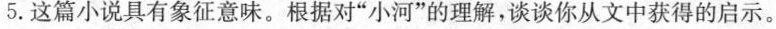
5. 这篇小说具有象征意味。根据对“小河”的理解，谈谈你从文中获得的启示。